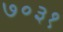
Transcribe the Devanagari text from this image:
७०३१